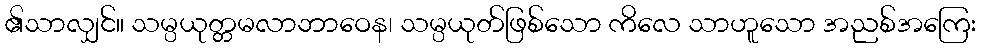
၏သာလျှင်။ သမ္ပယုတ္တမလာဘာဝေန၊ သမ္ပယုတ်ဖြစ်သော ကိလေ သာဟူသော အညစ်အကြေး